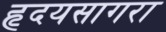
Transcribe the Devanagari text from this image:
हृदयसागरा